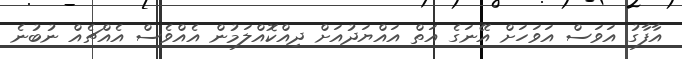
އާފާގު އަވަސް އަވަހަށް އޭނަގެ އަތް އައްޔަދުއަށް ދިއްކޮއްލަމުން އެއްވެސް އެއްޗެއް ނުބުނެ